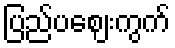
ပြည်ပဈေးကွက်